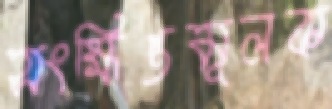
সংক্ষিপ্তমূলক